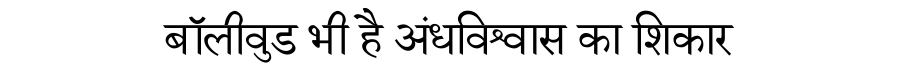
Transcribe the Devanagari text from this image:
बॉलीवुड भी है अंधविश्वास का शिकार